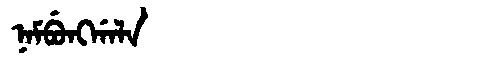
Manchu: ᠨᠠᠮᠪᡠᠩᡤᠠᠯᠠ
Romanization: NAMBUNGGALA